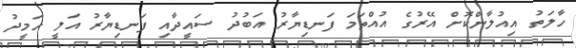
ހާލަތު އިއުލާންކޮށް އޭރުގެ އުއްތަމަ ފަނޑިޔާރު އަބުދު ސައީދާއި ފަނޑިޔާރު އަލީ ހަމީދު